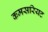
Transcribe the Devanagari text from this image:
कमसरियट